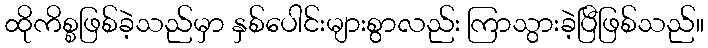
ထိုကိစ္စဖြစ်ခဲ့သည်မှာ နှစ်ပေါင်းများစွာလည်း ကြာသွားခဲ့ပြီဖြစ်သည်။